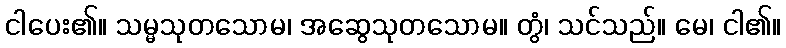
ငါပေး၏။ သမ္မသုတသောမ၊ အဆွေသုတသောမ။ တွံ၊ သင်သည်။ မေ၊ ငါ၏။